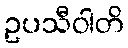
ဥပသီဝါတိ